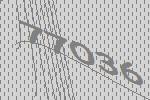
77036